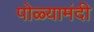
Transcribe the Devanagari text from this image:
पोळ्यामंदी